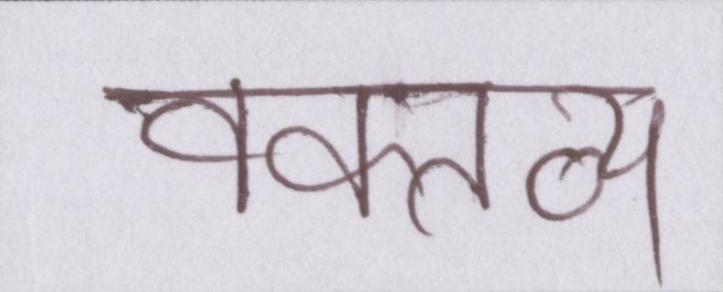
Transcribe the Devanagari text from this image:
वक्त्व्य